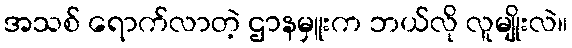
အသစ် ရောက်လာတဲ့ ဌာနမှူးက ဘယ်လို လူမျိုးလဲ။